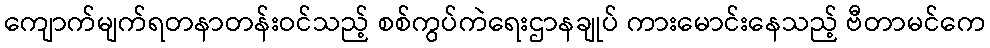
ကျောက်မျက်ရတနာတန်းဝင်သည့် စစ်ကွပ်ကဲရေးဌာနချုပ် ကားမောင်းနေသည့် ဗီတာမင်ကေ